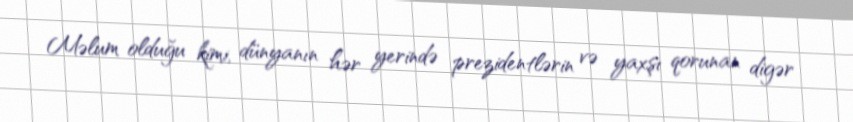
Məlum olduğu kimi, dünyanın hər yerində prezidentlərin və yaxşı qorunan digər